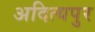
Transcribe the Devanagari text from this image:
अदित्यपुर